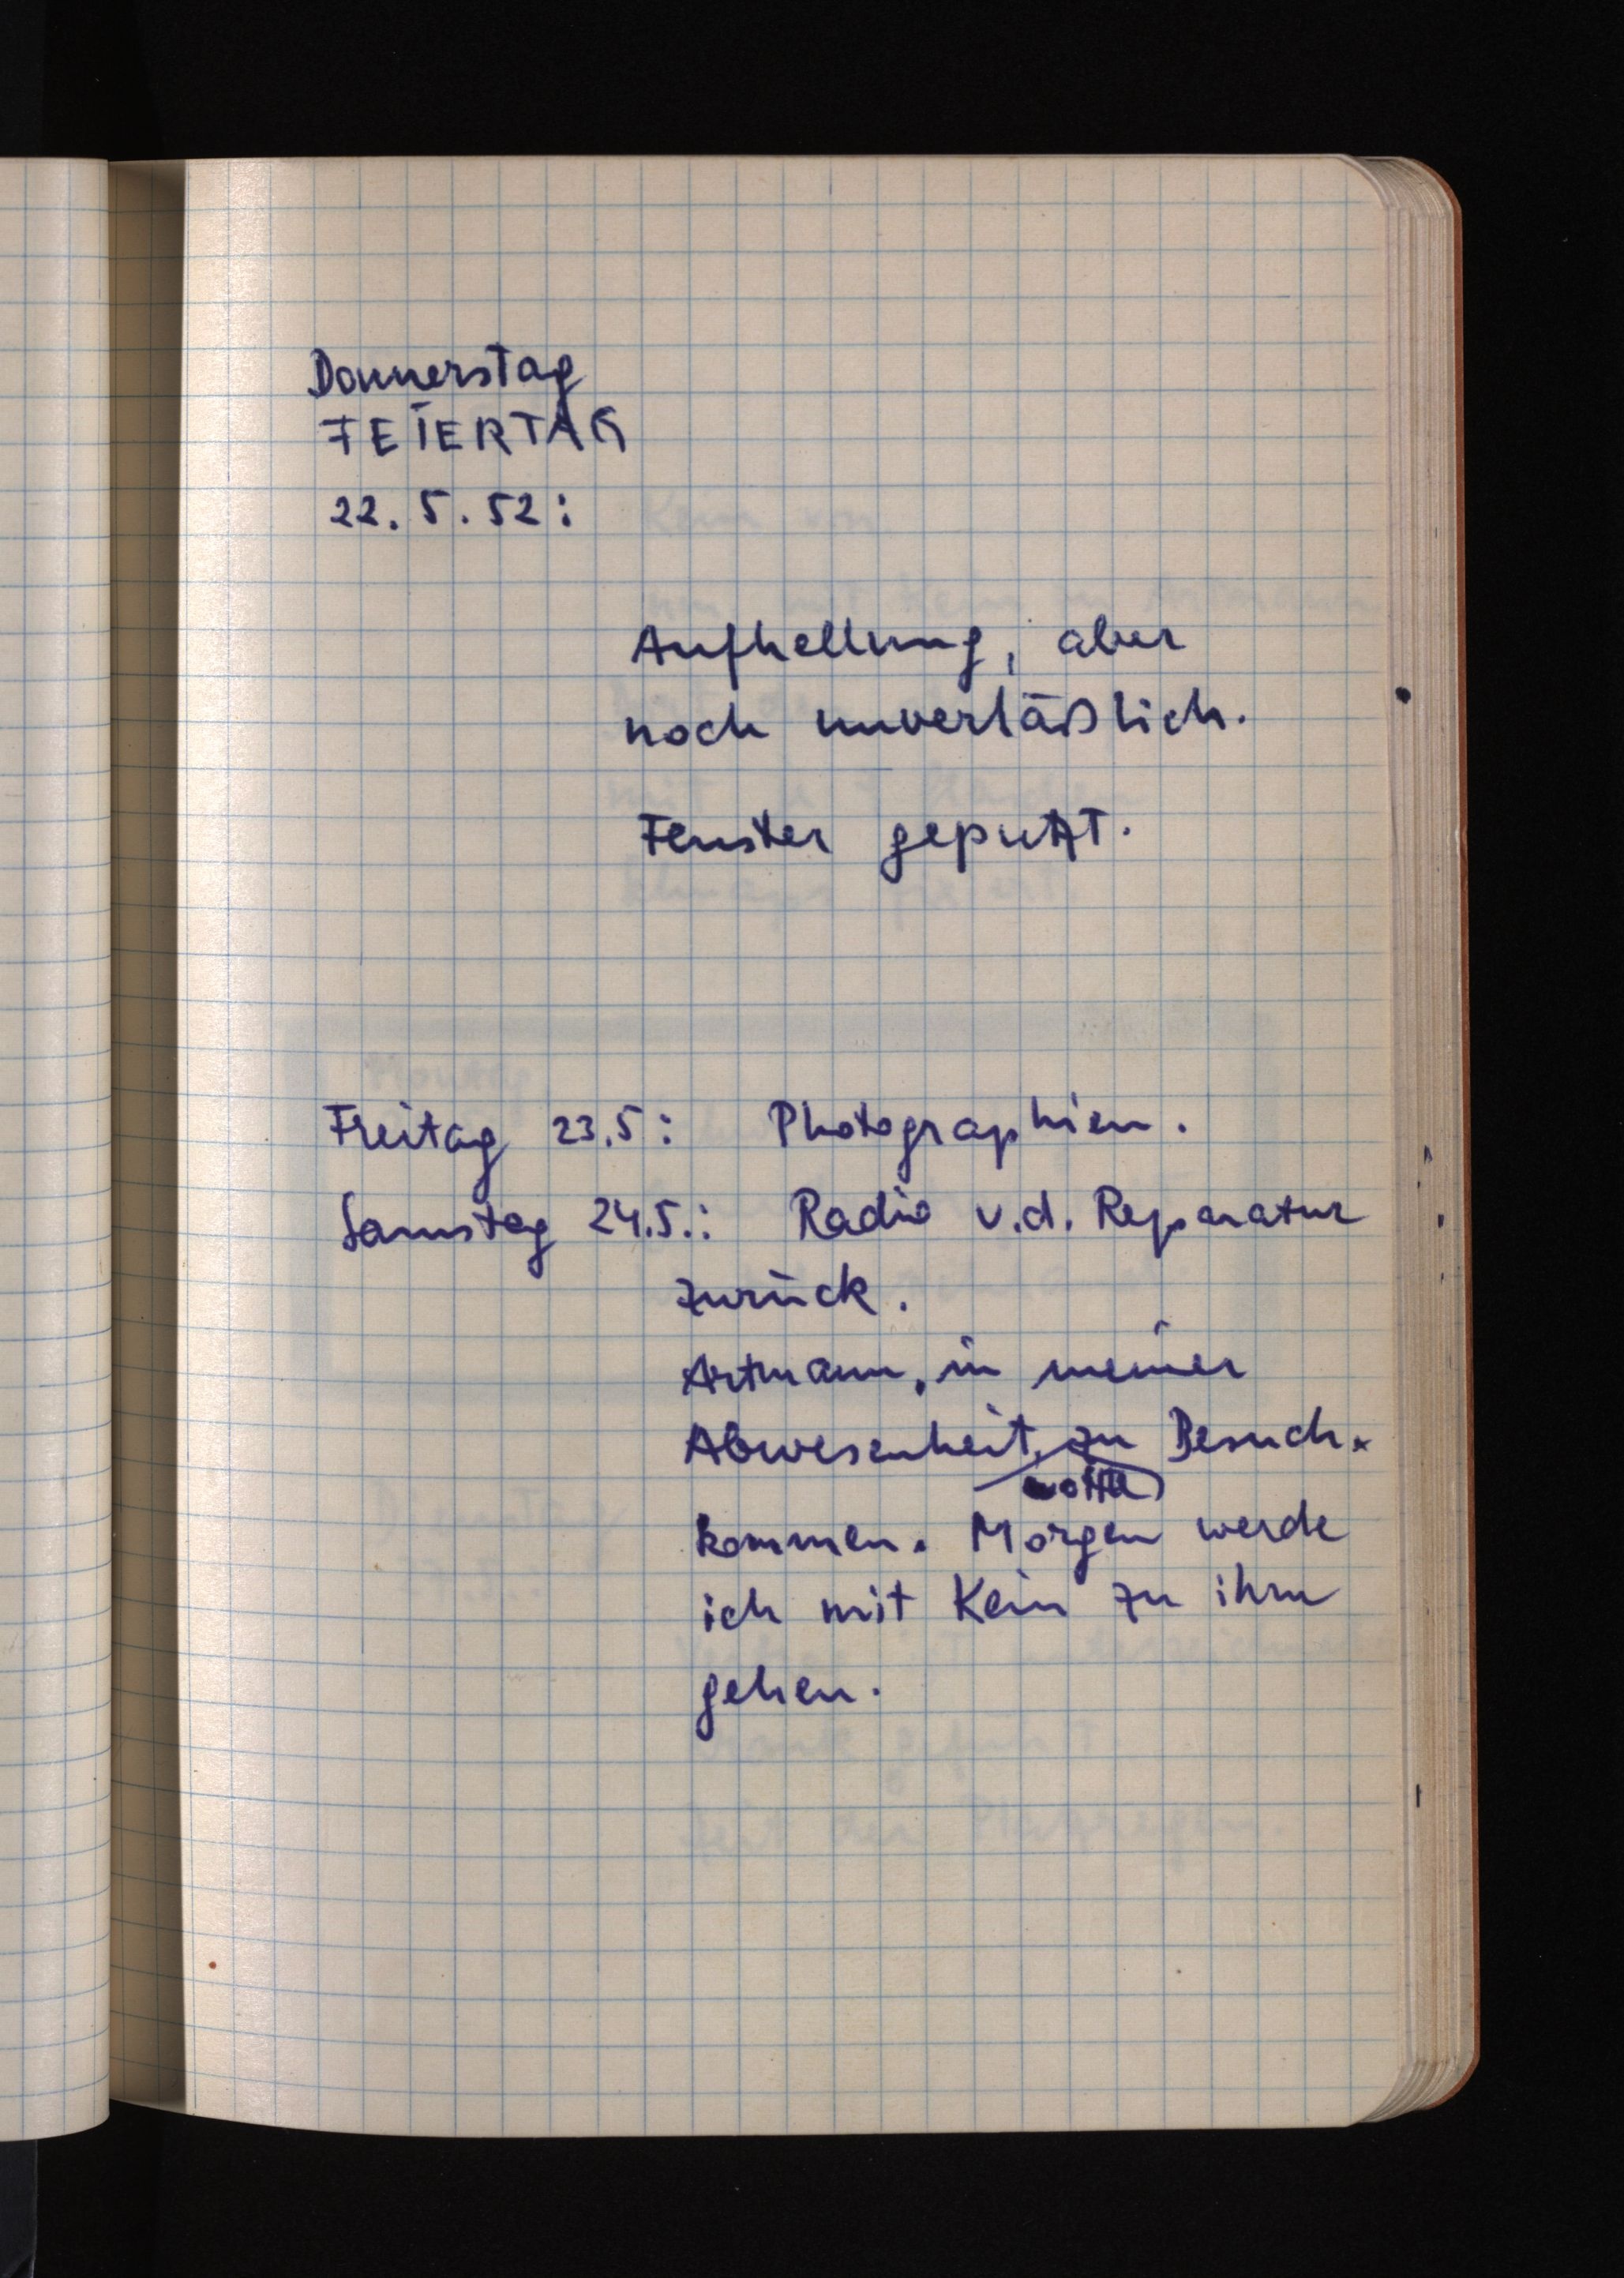
Donnerstag
FEIERTAG
22.5.52:
Aufhellung, aber
noch unverläßlich.
Fenster geputzt.
Freitag 23.5.: Photographien.
Samstag 24.5.: Radio v. d. Reparatur
zurück.
Artmann, in meiner
Abwesenheit, zu Besuch.
wollte
kommen. Morgen werde
ich mit Kein zu ihm
gehen.